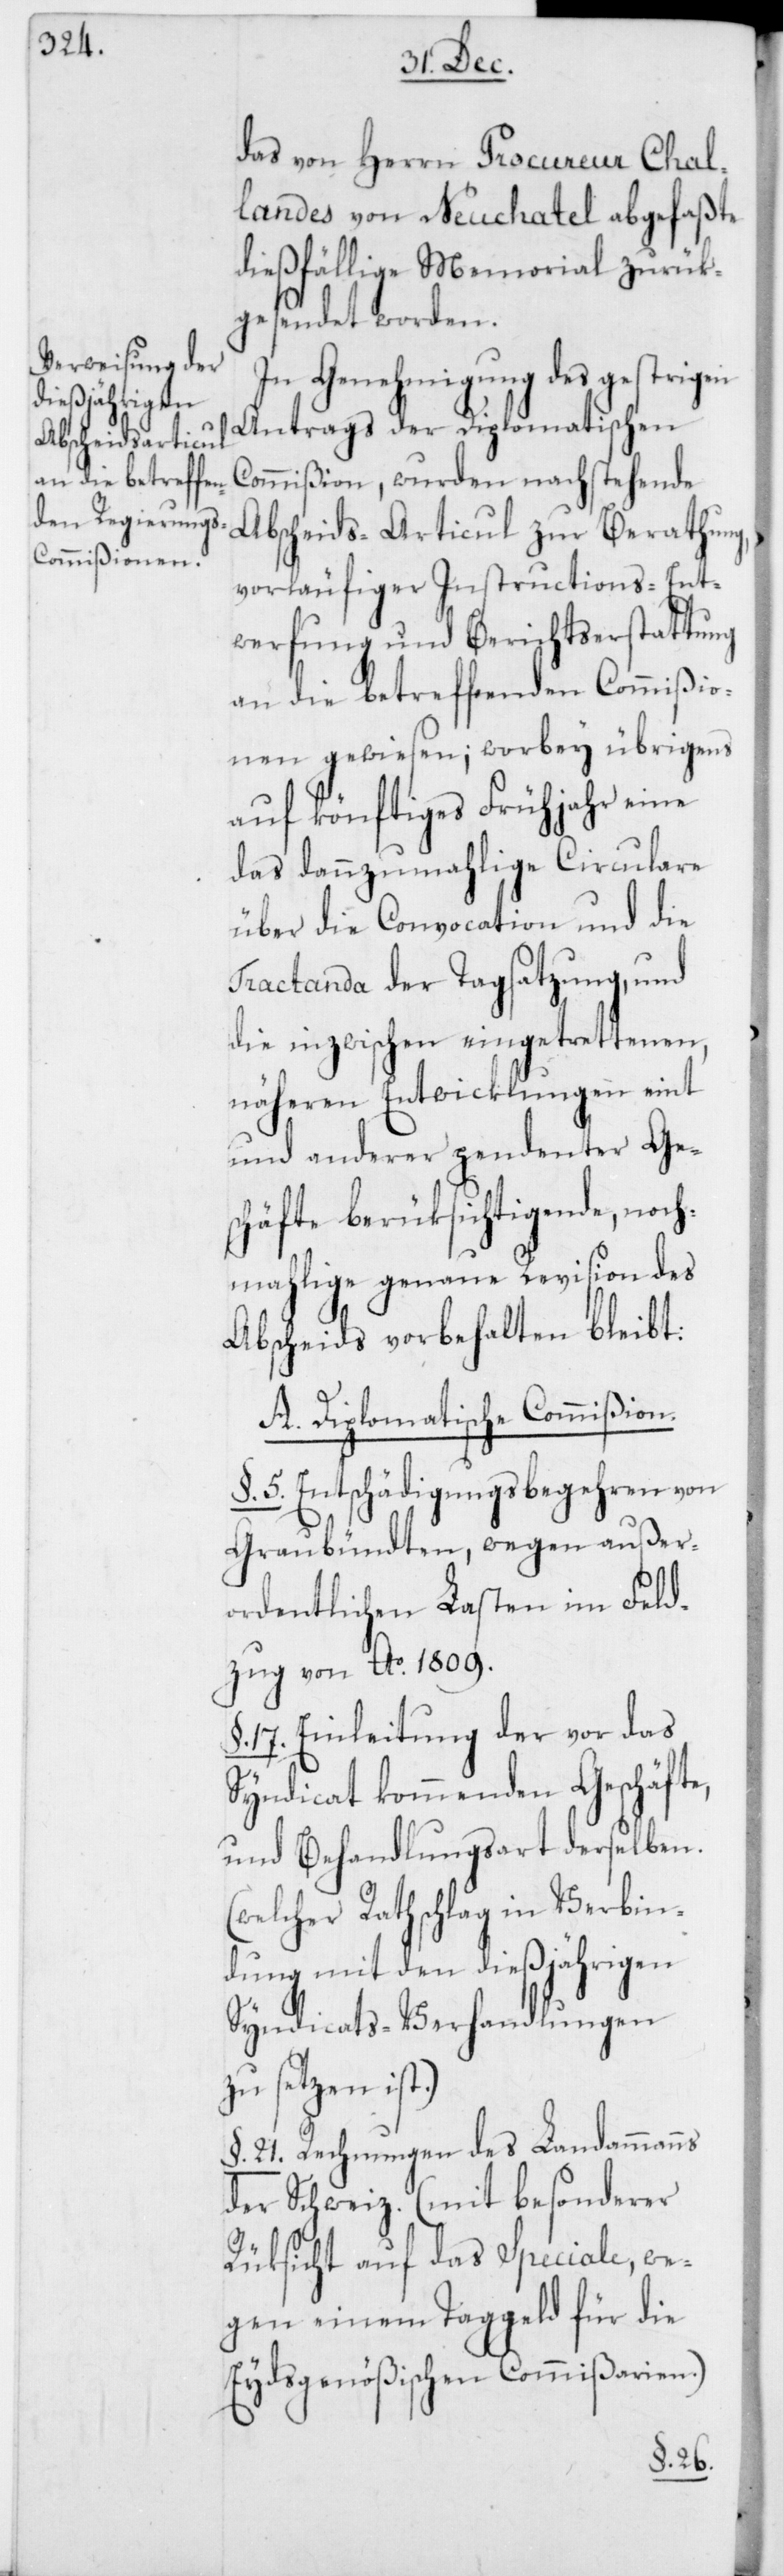
das von Herrn Procureur Chal¬
landes von Neuchatel abgefaßte
dießfällige Memorial zurük¬
gesendet worden.
In Genehmigung des gestrigen
Antrags der Diplomatischen
Commißion, wurden nachstehende
Abscheids-Articul zur Berathung,
vorläufiger Instructions-Ent¬
werfung und Berichtserstattung
an die betreffenden Commißio¬
nen gewiesen; worbey übrigens
auf könftiges Frühjahr eine
das dannzumahlige Circulare
über die Convocation und die
Tractanda der Tagsatzung, und
die inzwischen eingetrettenen,
näheren Entwicklungen eint
und anderer pendenter Ges¬
chäfte berüksichtigende, noch¬
mahlige genaue Revision des
Abscheids vorbehalten bleibt.
A. Diplomatische Commißion.
§. 5. Entschädigungsbegehren von
Graubündten, wegen außer¬
ordentlichen Lasten im Feld¬
zug von Ao. 1809.
§. 17. Einleitung der vor das
Syndicat kommenden Geschäfte,
und Behandlungsart derselben.
(welcher Rathschlag in Verbin¬
dung mit den dießjährigen
Syndicats-Verhandlungen
zu setzen ist).
§. 21. Rechnungen des Landammanns
der Schweiz (mit besonderer
Rüksicht auf das Speciale, we¬
gen einem Taggeld für die
Eydsgenößischen Commißarien).